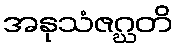
အနုသံဇဂ္ဃတိ